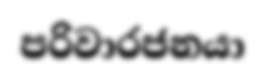
පරිවාරජනයා